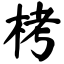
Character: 栲